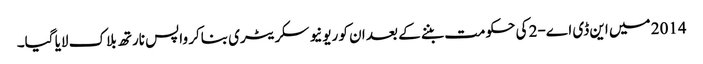
2014 میں این ڈی اے-2 کی حکومت بننے کے بعد ان کو ریونیو سکریٹری بناکر واپس نارتھ بلاک لایا گیا۔